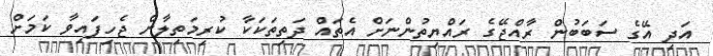
އަދި އޭގެ ސަބަބުން ރާއްޖޭގެ ރައްޔިތުންނަށް އެތައް ދަތިތަކަކާ ކުރިމަތިލާން ޖެހިފައިވާ ކަމަށް